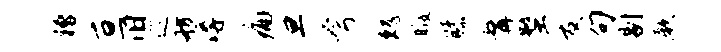
糟亘旧巡舫溽痛旦夸魏暇膝髯蝥友句剔厥